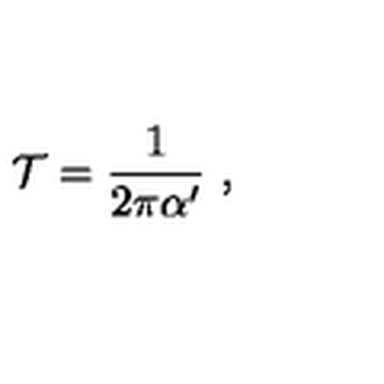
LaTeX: \mathcal { T } = \frac { 1 } { 2 \pi \alpha ^ { \prime } } \ ,